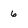
Character: 6